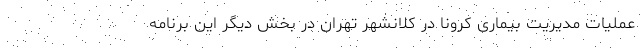
عملیات مدیریت بیماری کرونا در کلانشهر تهران در بخش دیگر این برنامه